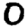
Digit: 0